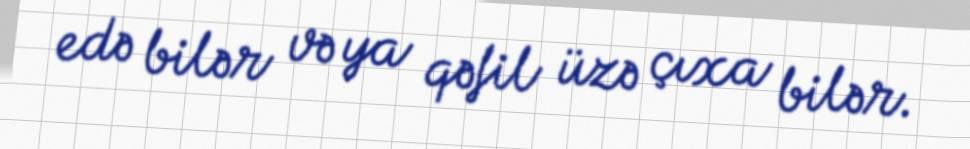
edə bilər və ya qəfil üzə çıxa bilər.